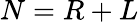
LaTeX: N=R+L